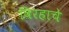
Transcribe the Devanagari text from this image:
विरहाचे